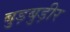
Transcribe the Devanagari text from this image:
बुड़बुड़ीर